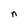
Character: n